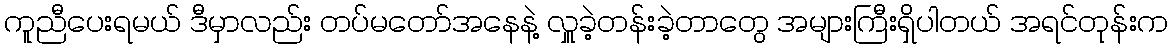
ကူညီပေးရမယ် ဒီမှာလည်း တပ်မတော်အနေနဲ့ လှူခဲ့တန်းခဲ့တာတွေ အများကြီးရှိပါတယ် အရင်တုန်းက